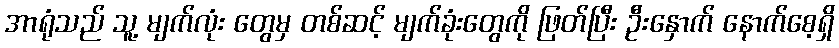
အာရုံသည် သူ့ မျက်လုံး တွေမှ တစ်ဆင့် မျက်ခုံးတွေကို ဖြတ်ပြီး ဦးနှောက် နောက်စေ့ရှိ